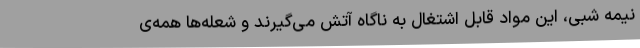
نیمه شبی، این مواد قابل اشتغال به ناگاه آتش می‌گیرند و شعله‌ها همه‌ی